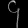
Digit: ၄